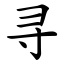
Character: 寻